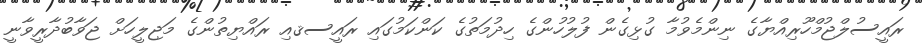
ރައީސުލްޖުމްހޫރިއްޔާގެ ނިންމެވުމާ ގުޅިގެން ފުލުހުންގެ ހިދުމަތުގެ ކަންކަމުގައި ރައީސޤއި ރައްޔިތުންގެ މަޖިލީހަށް ޖަވާބުދާރީވާނީ